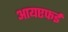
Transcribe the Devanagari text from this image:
आयएफई